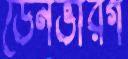
ডেনভারগ